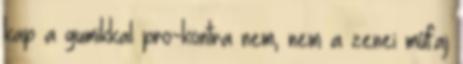
kap a gumikkal pro-kontra nem, nem a zenei műfaj